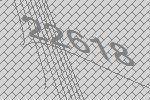
22618